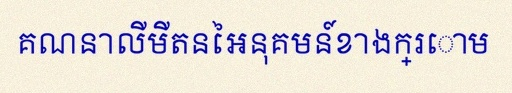
គណនាលីមីតនៃអនុគមន៍ខាងក្រោម